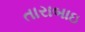
તારાબાઇ